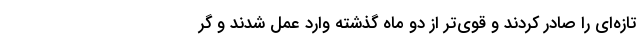
تازه‌ای را صادر کردند و قوی‌تر از دو ماه گذشته وارد عمل شدند و گر